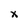
Character: x